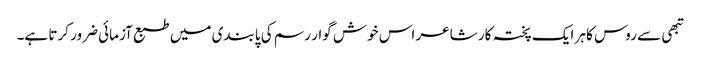
تبھی سے روس کا ہر ایک پختہ کار شاعر اس خوش گوار رسم کی پابندی میں طبع آزمائی ضرور کرتا ہے۔